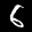
Label: 6